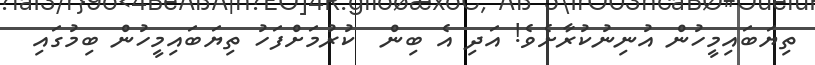
ތިޔަބައިމީހުން އުނިނުކުރާށެވެ! އަދި އެ ބިން  ކުރުމަށްފަހު ތިޔަބައިމީހުން ބިމުގައި